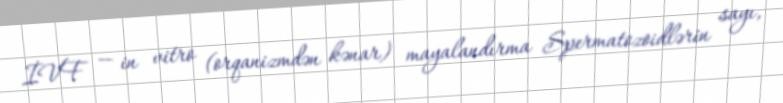
İVF — in vitro (orqanizmdən kənar) mayalandırma Spermatozoidlərin sayı,